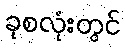
ခုစလုံးတွင်